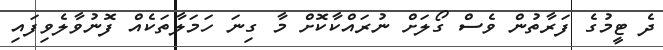
ދެ ޓީމުގެ ފަރާތުން ވެސް ގޯލަށް ނުރައްކާކޮށް މާ ގިނަ ހަމަލާތަކެއް ފޮނުވާލެވިފައި